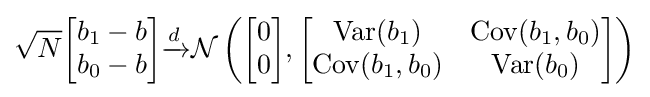
{\sqrt {N}}{\begin{bmatrix}b_{1}-b\\b_{0}-b\end{bmatrix}}{\xrightarrow {d}}{\mathcal {N}}\left({\begin{bmatrix}0\\0\end{bmatrix}},{\begin{bmatrix}\operatorname {Var} (b_{1})&\operatorname {Cov} (b_{1},b_{0})\\\operatorname {Cov} (b_{1},b_{0})&\operatorname {Var} (b_{0})\end{bmatrix}}\right)